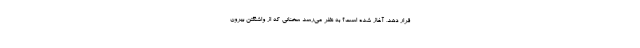
قرار دهد، آغاز شده است؟ به نظر می‌رسد سخنانی که از واشنگتن بیرون